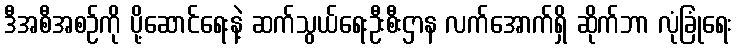
ဒီအစီအစဉ်ကို ပို့ဆောင်ရေးနဲ့ ဆက်သွယ်ရေးဦးစီးဌာန လက်အောက်ရှိ ဆိုက်ဘာ လုံခြုံရေး